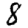
Digit: 8